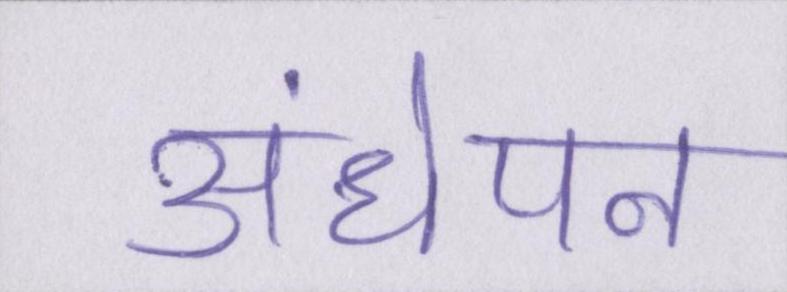
अंधेपन